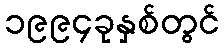
၁၉၉၄ခုနှစ်တွင်